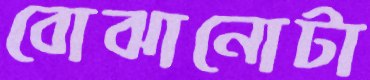
বোঝানোটা